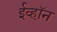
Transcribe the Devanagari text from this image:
ईव्हॉन